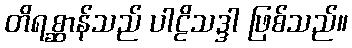
တိရစ္ဆာန်သည် ပါဠိသဒ္ဒါ ဖြစ်သည်။